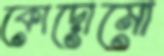
কোদোমো